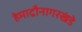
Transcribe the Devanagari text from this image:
हेमाद्रौनागरखंडे